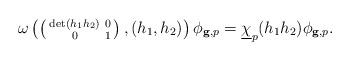
LaTeX: \begin{align*} \omega\left(\left(\begin{smallmatrix} \det(h_1h_2) & 0 \\ 0 & 1\end{smallmatrix}\right), (h_1,h_2)\right) \phi_{\mathbf g,p} = \underline{\chi}_p(h_1h_2) \phi_{\mathbf g,p}. \end{align*}